Report on vaccination in the Province of Bengal - 1869-1873
Year: 1869
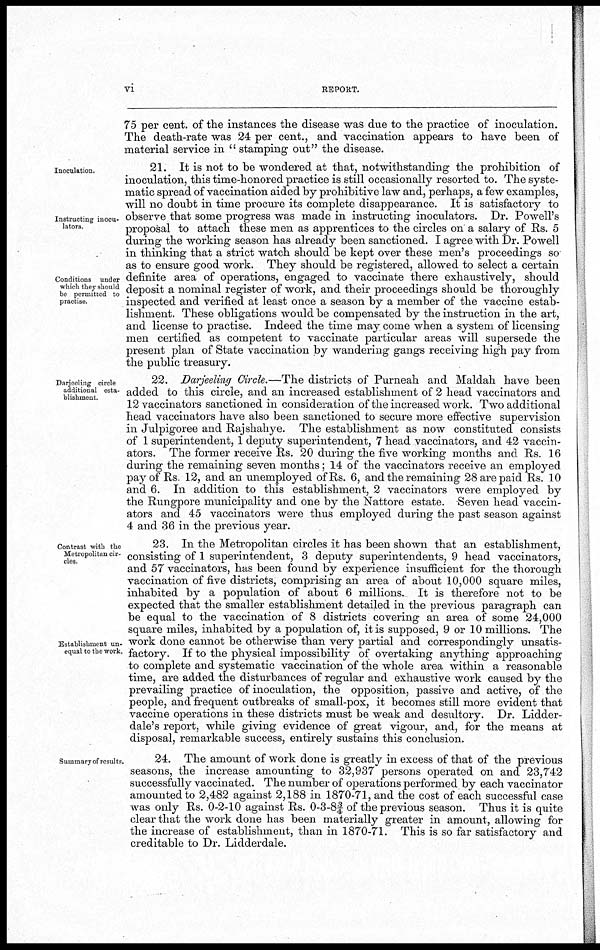
vi
REPORT.
75 per cent. of the instances the disease was due to the practice of inoculation.
The death-rate was 24 per cent., and vaccination appears to have been of
material service in " stamping out" the disease.
Inoculation.
Instructing inocu¬
lators.
Conditions under
which they should
be permitted to
practise.
21. It is not to be wondered at that, notwithstanding the prohibition of
inoculation, this time-honored practice is still occasionally resorted to. The syste-
matic spread of vaccination aided by prohibitive law and, perhaps, a few examples,
will no doubt in time procure its complete disappearance. It is satisfactory to
observe that some progress was made in instructing inoculators. Dr. Powell's
proposal to attach these men as apprentices to the circles on a salary of Rs. 5
during the working season has already been sanctioned. I agree with Dr. Powell
in thinking that a strict watch should be kept over these men's proceedings so
as to ensure good work. They should be registered, allowed to select a certain
definite area of operations, engaged to vaccinate there exhaustively, should
deposit a nominal register of work, and their proceedings should be thoroughly
inspected and verified at least once a season by a member of the vaccine estab-
lishment. These obligations would be compensated by the instruction in the art,
and license to practise. Indeed the time may come when a system of licensing
men certified as competent to vaccinate particular areas will supersede the
present plan of State vaccination by wandering gangs receiving high pay from
the public treasury.
Darjeeling circle
additional esta-
blishment.
22. Darjeeling Circle.—The districts of Purneah and Maldah have been
added to this circle, and an increased establishment of 2 head vaccinators and
12 vaccinators sanctioned in consideration of the increased work. Two additional
head vaccinators have also been sanctioned to secure more effective supervision
in Julpigoree and Rajshahye. The establishment as now constituted consists
of 1 superintendent, 1 deputy superintendent, 7 head vaccinators, and 42 vaccin-
ators. The former receive Rs. 20 during the five working months and Rs. 16
during the remaining seven months; 14 of the vaccinators receive an employed
pay of Rs. 12, and an unemployed of Rs. 6, and the remaining 28 are paid Rs. 10
and 6. In addition to this establishment, 2 vaccinators were employed by
the Rungpore municipality and one by the Nattore estate. Seven head vaccin-
ators and 45 vaccinators were thus employed during the past season against
4 and 36 in the previous year.
Contrast with the
Metropolitan cir-
cles.
Establishment un-
equal to the work.
23. In the Metropolitan circles it has been shown that an establishment,
consisting of 1 superintendent, 3 deputy superintendents, 9 head vaccinators,
and 57 vaccinators, has been found by experience insufficient for the thorough
vaccination of five districts, comprising an area of about 10,000 square miles,
inhabited by a population of about 6 millions. It is therefore not to be
expected that the smaller establishment detailed in the previous paragraph can
be equal to the vaccination of 8 districts covering an area of some 24,000
square miles, inhabited by a population of, it is supposed, 9 or 10 millions. The
work done cannot be otherwise than very partial and correspondingly unsatis-
factory. If to the physical impossibility of overtaking anything approaching
to complete and systematic vaccination of the whole area within a reasonable
time, are added the disturbances of regular and exhaustive work caused by the
prevailing practice of inoculation, the opposition, passive and active, of the
people, and frequent outbreaks of small-pox, it becomes still more evident that
vaccine operations in these districts must be weak and desultory. Dr. Lidder¬
dale's report, while giving evidence of great vigour, and, for the means at
disposal, remarkable success, entirely sustains this conclusion.
Summary of results.
24. The amount of work done is greatly in excess of that of the previous
seasons, the increase amounting to 32,937 persons operated on and 23,742
successfully vaccinated. The number of operations performed by each vaccinator
amounted to 2,482 against 2,188 in 1870-71, and the cost of each successful case
was only Rs. 0-2-10 against Rs. 0-3-8¾ of the previous season. Thus it is quite
clear that the work done has been materially greater in amount, allowing for
the increase of establishment, than in 1870-71. This is so far satisfactory and
creditable to Dr. Lidderdale.